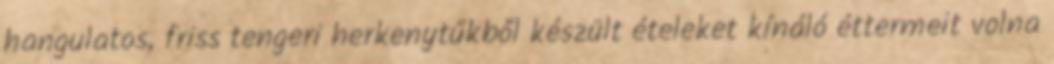
hangulatos, friss tengeri herkenytűkből készült ételeket kínáló éttermeit volna